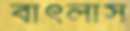
বাৎলাস